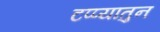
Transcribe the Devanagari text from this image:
टप्प्यातुन